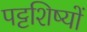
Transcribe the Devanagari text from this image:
पट्टशिष्यों